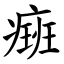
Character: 㿀